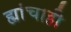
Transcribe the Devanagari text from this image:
ह्यांचाही